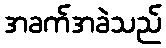
အခက်အခဲသည်